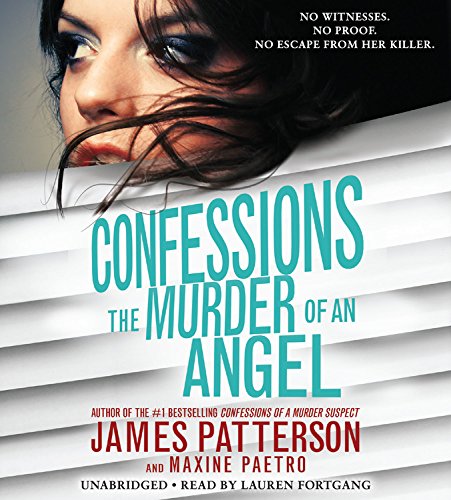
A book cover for Confessions: The Murder of an Angel; James Patterson; Teen & Young Adult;